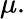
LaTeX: \mu.